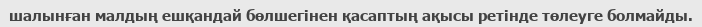
шалынған малдың ешқандай бөлшегінен қасаптың ақысы ретінде төлеуге болмайды.